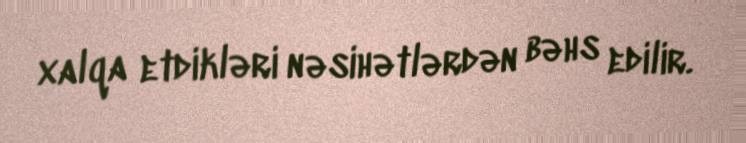
xalqa etdikləri nəsihətlərdən bəhs edilir.